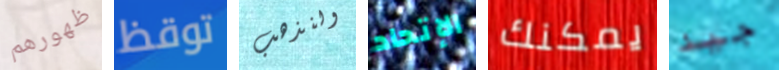
ظهورهم توقظ ولنذهب الإتحاد يمكنك جيد